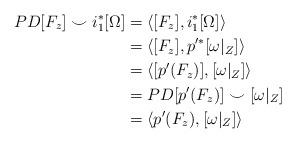
LaTeX: \begin{align*}PD[F_z] \smile i_1^{*} [\Omega] &= \langle [F_z], i_1^{*} [\Omega] \rangle\\&= \langle [F_z], p'^{*} [\omega|_{Z}] \rangle\\&= \langle [p'(F_z)], [\omega|_{Z}] \rangle\\&= PD[p'(F_z)] \smile [\omega|_{Z}] \\&= \langle p'(F_z), [\omega|_{Z}] \rangle \end{align*}